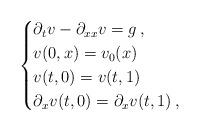
LaTeX: \begin{align*}\begin{cases}\partial_t v- \partial_{xx}v = g\,,\\v(0, x)= v_0(x)\\v(t,0)=v(t,1)\\\partial_xv(t,0)=\partial_x v(t,1)\,,\end{cases}\end{align*}